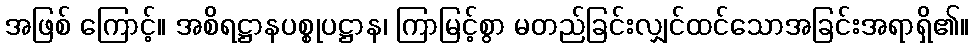
အဖြစ် ကြောင့်။ အစိရဋ္ဌာနပစ္စုပဋ္ဌာန၊ ကြာမြင့်စွာ မတည်ခြင်းလျှင်ထင်သောအခြင်းအရာရှိ၏။